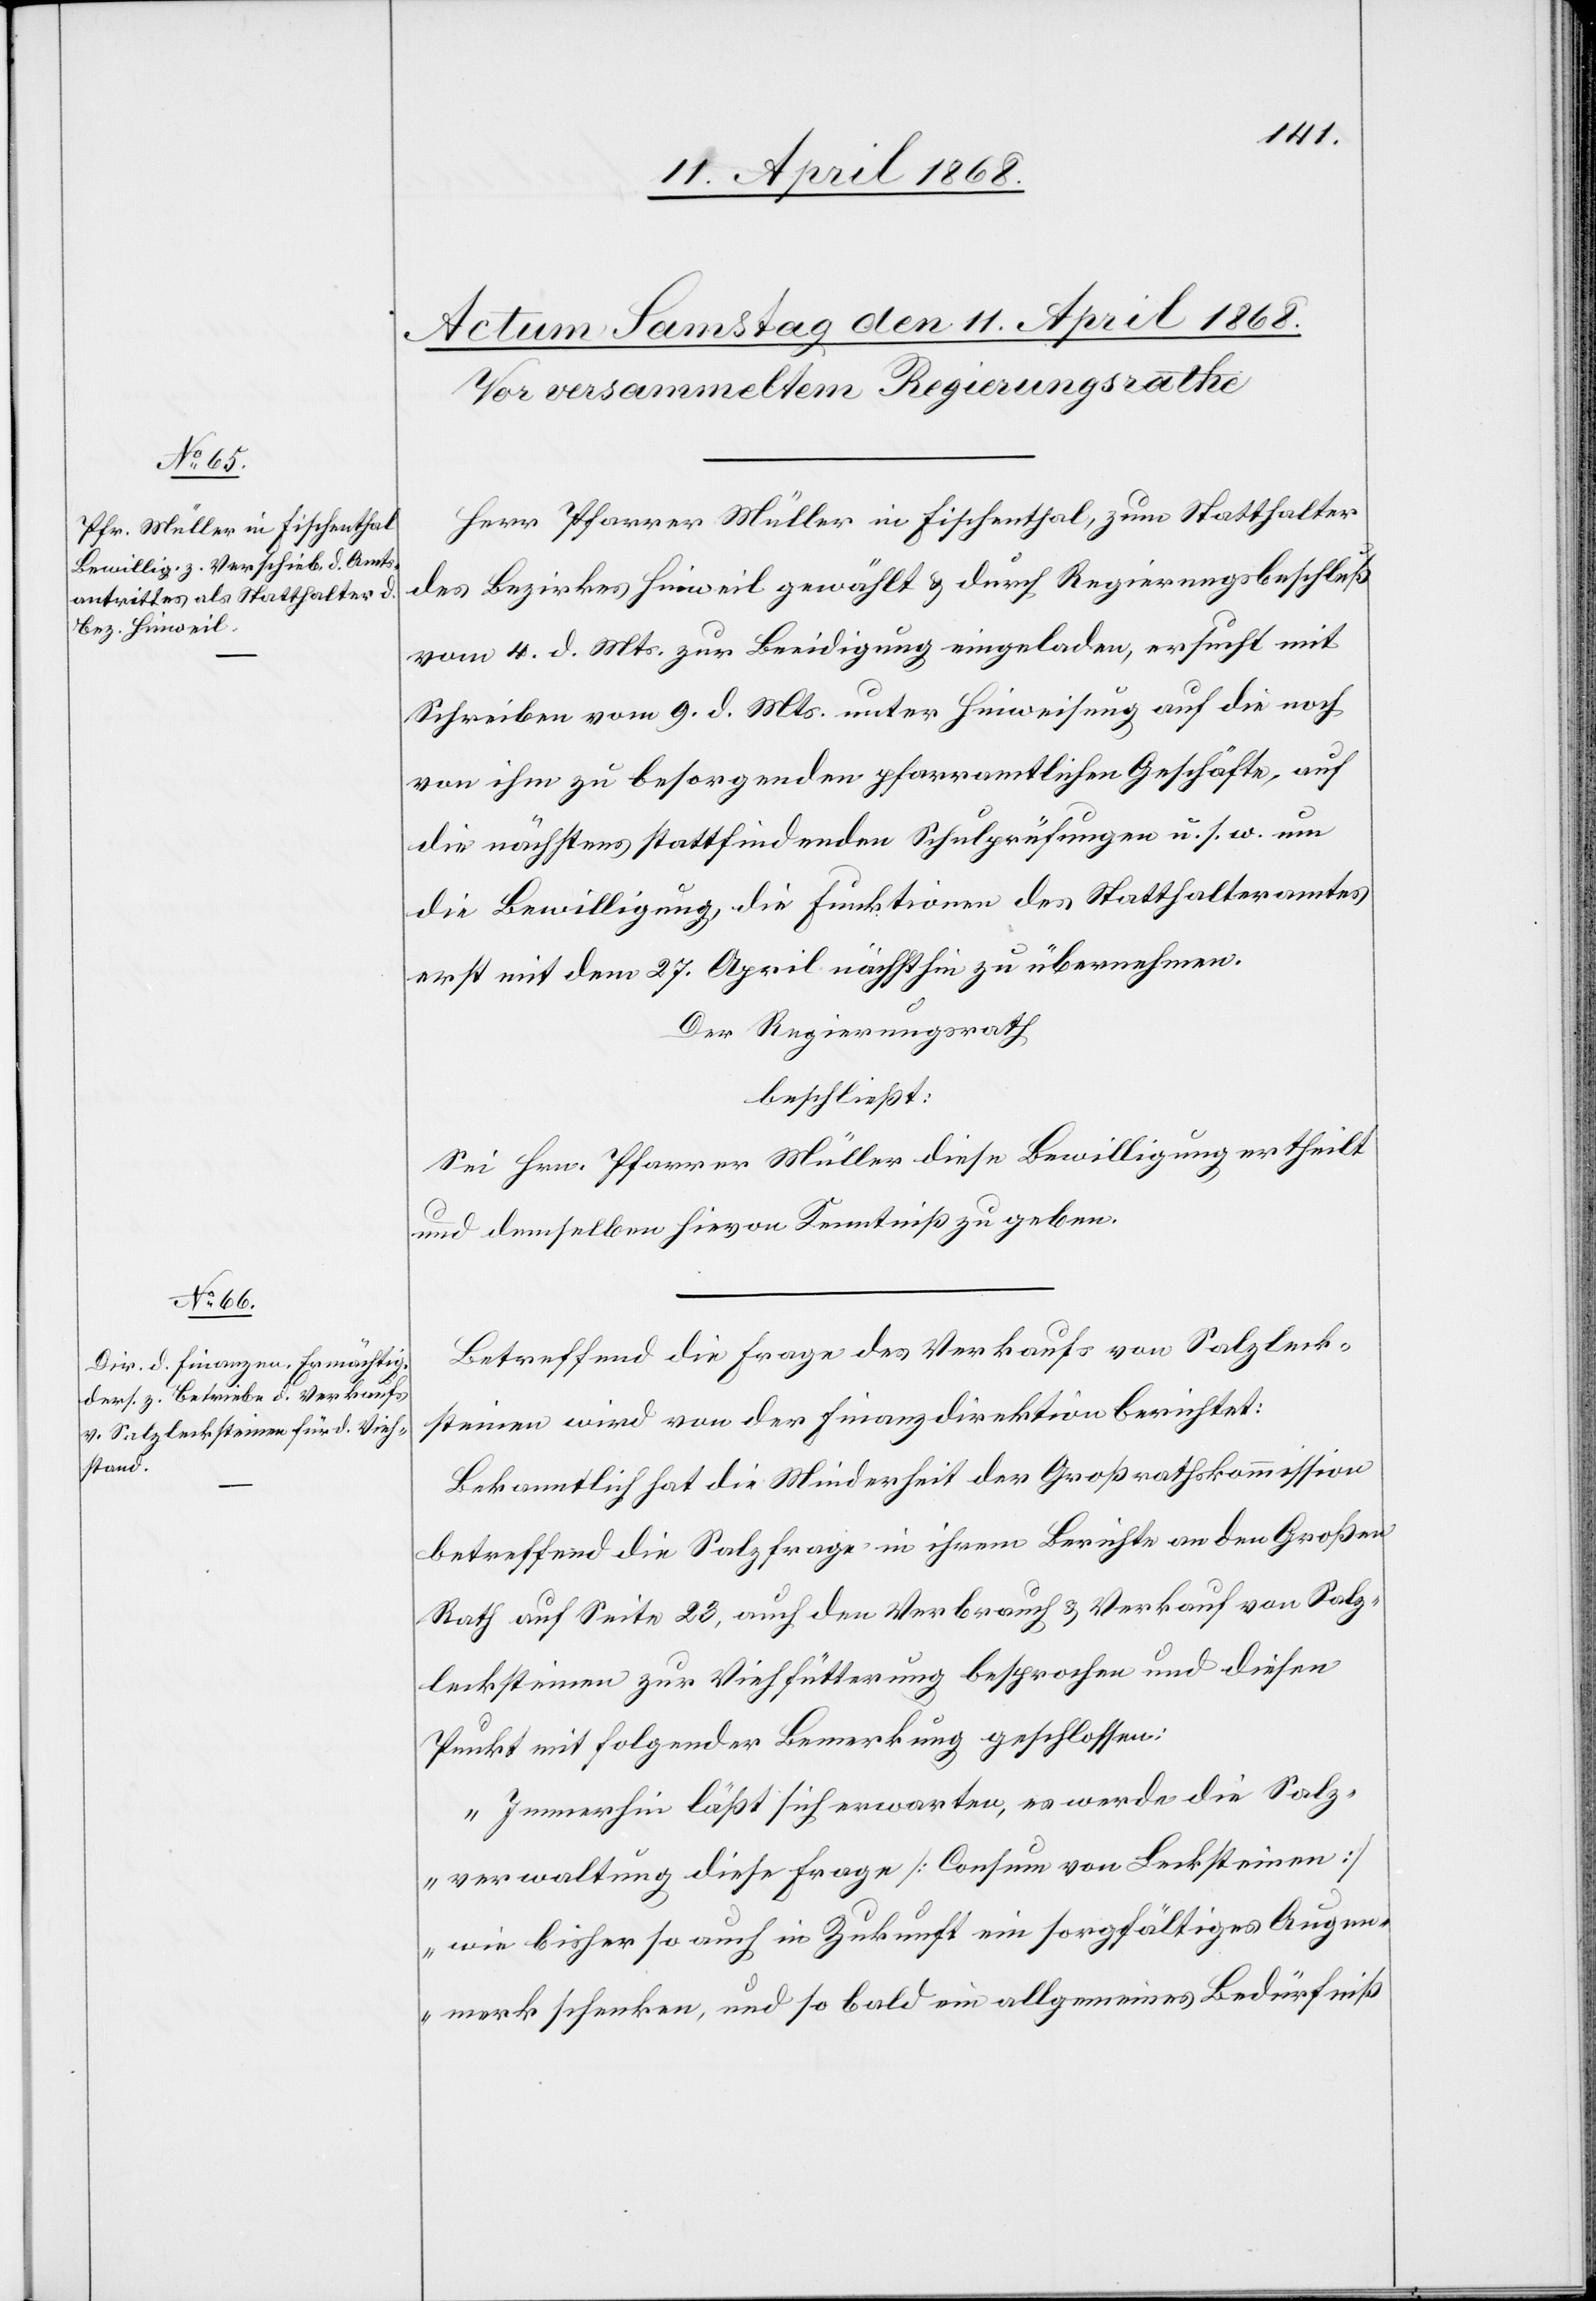
Herr Pfarrer Müller in Fischenthal, zum Statthalter
des Bezirkes Hinweil gewählt & durch Regierungsbeschluß
vom 4. d. Mts. zur Beeidigung eingeladen, ersucht mit
Schreiben vom 9. d. Mts. unter Hinweisung auf die noch
von ihm zu besorgenden pfarramtlichen Geschäfte, auf
die nächstens stattfindenden Schulprüfungen u. s. w. um
die Bewilligung, die Funktionen des Statthalteramtes
erst mit dem 27. April nächsthin zu übernehmen.
Der Regierungsrath
beschließt:
Sei Hrn. Pfarrer Müller diese Bewilligung ertheilt
und demselben hievon Kenntniß zu geben.
Betreffend die Frage des Verkaufs von Salzleck¬
steinen wird von der Finanzdirektion berichtet:
Bekanntlich hat die Minderheit der Großrathskommission
betreffend die Salzfrage in ihrem Berichte an den Großen
Rath auf Seite 23, auch den Verbrauch & Verkauf von Salz¬
lecksteinen zur Viehfütterung besprochen und diesen
Punkt mit folgender Bemerkung geschlossen:
„Immerhin läßt sich erwarten, es werde die Salz¬
verwaltung diese[r] Frage [Consum von Lecksteinen]
wie bisher so auch in Zukunft ein sorgfältiges Augen¬
merk schenken, und so bald ein allgemeines Bedürfniß